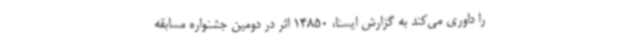
را داوری می‌کند به گزارش ایسنا، 14850 اثر در دومین جشنواره مسابقه